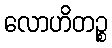
လောဟိတဉ္စ